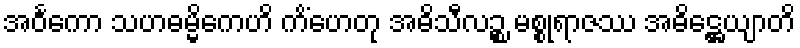
အဝင်္ကော သဟဓမ္မိကေဟိ ကိံဟေတု အဓိသီလဉ္စ မစ္စုရာဇဿ အဓိဋ္ဌေယျာတိ